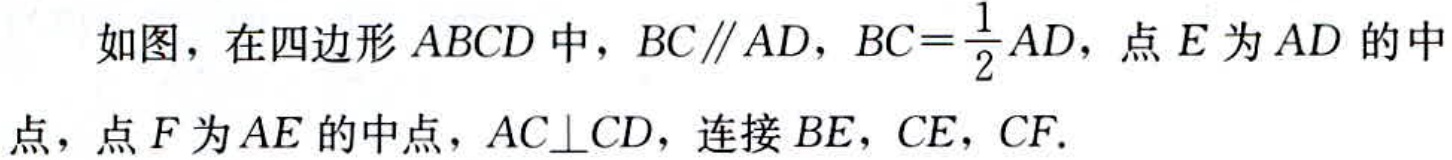
如图，在四边形\(ABCD\)中，\(BC\parallel AD\)，\(BC = \frac{1}{2}AD\)，点\(E\)为\(AD\)的中点，点\(F\)为\(AE\)的中点，\(AC\perp CD\)，连接\(BE\)，\(CE\)，\(CF\).